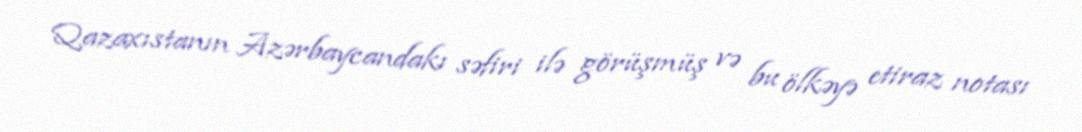
Qazaxıstanın Azərbaycandakı səfiri ilə görüşmüş və bu ölkəyə etiraz notası